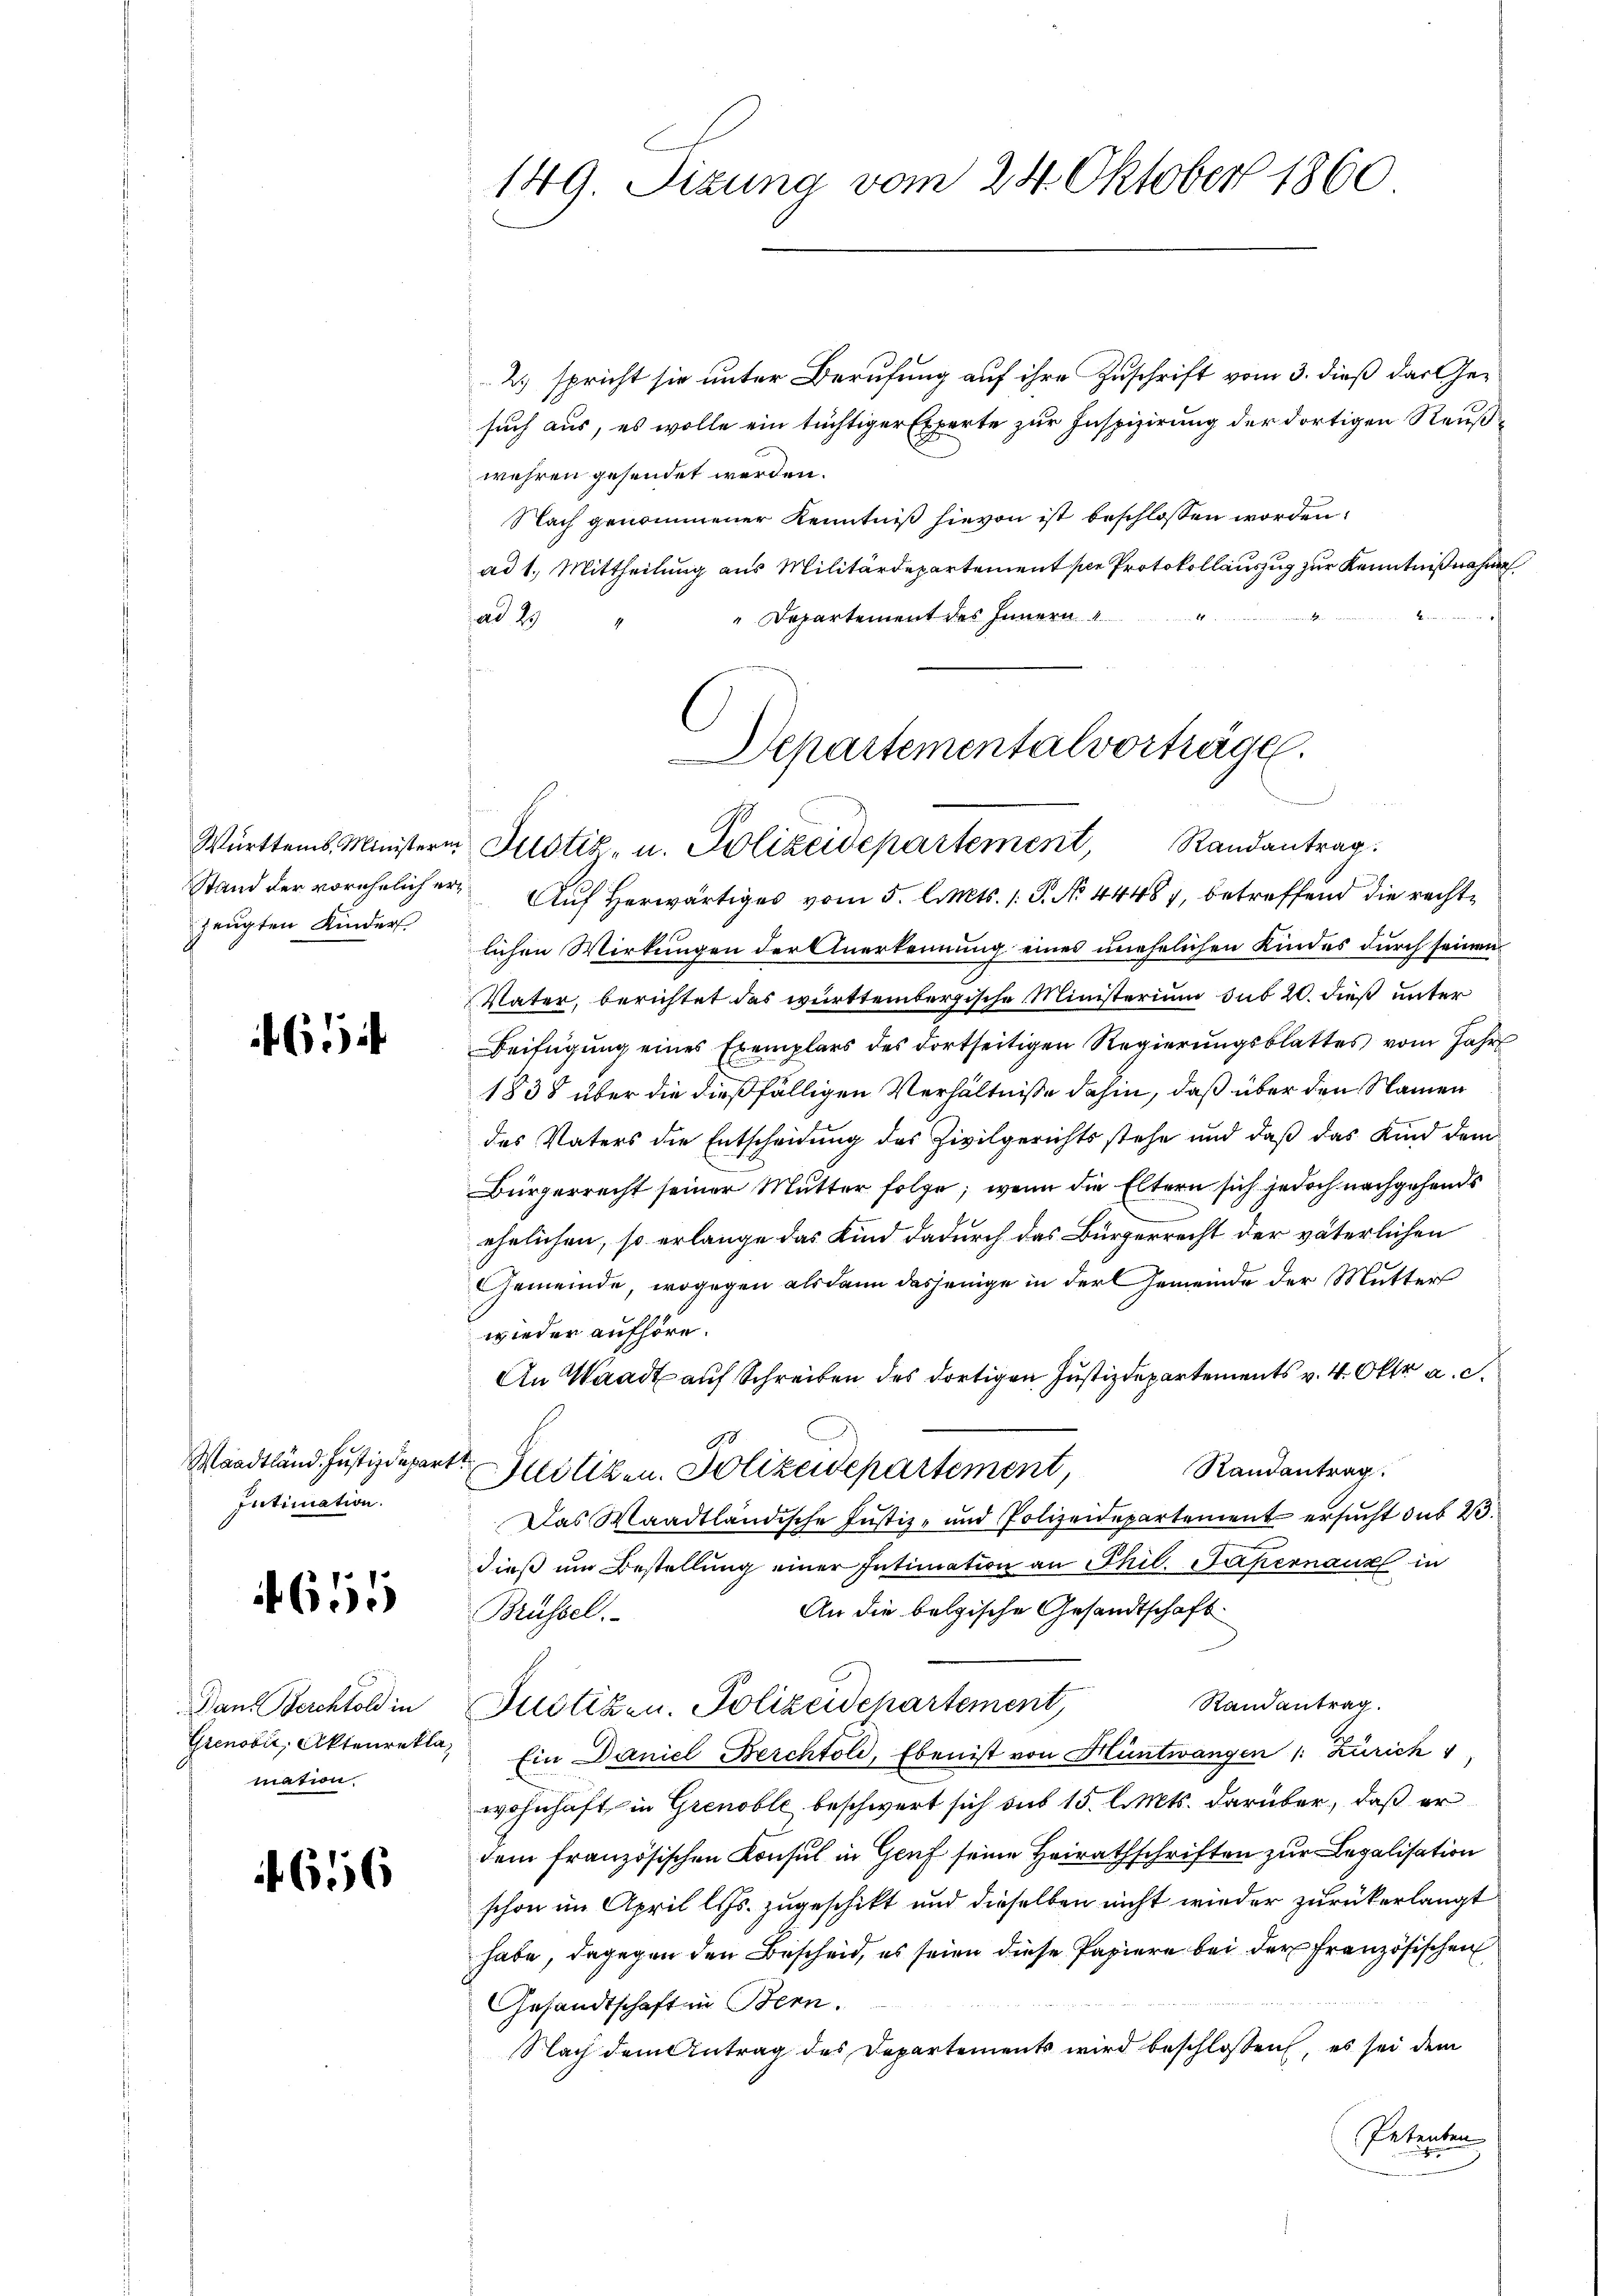
zeugten Kinder

654

Maadtländ. Justizdepart
Intimation.

655

Dans Berchtold in
Grenović, Aktenreklamation.

616

2.) spricht sie unter Berufung auf ihre Zuschrift vom 3. dieß das Gesuch aus, es wolle ein tüchtiger Experte zur Inspizierung der dortigen Reußwehren gesendet werden.
Nach genommener Kenntniß hievon ist beschlossen worden.
ad 1. Mittheilung aus Militärdepartement sie Protokollauszug zur Kenntnißnahme.
11
Departement des Innern
ad 29
Departementalvorträge.

149. Sizung vom 24. Oktober 1860

e
Württemb. Ministern Justiz- u. Polizeidepartement, Randantrag

Stand der vorehelicher Auf herwärtiges vom 5. l. Mts. 1. P. No. 44487, betreffend die rechtlichen Wirkungen der Anerkennung eines unehelichen Kindes durch seinen
Vater, berichtet das württembergische Ministerium sub 20. dieß unter
Beifügung eines Exemplars des dortseitigen Regierŭngsblattes vom Jahr
1838 über die dießfälligen Verhältnisse dahin, daß über den Namen
des Vaters die Entscheidung des Zivilgerichts stehe und daß das Kind dem
Bürgerrecht seiner Mutter folge, wenn die Eltern sich jedoch nachgehends
ehelichen, so erlange das Kind dadurch das Bürgerrecht der väterlichen
Gemeinde, wogegen als dann dasjenige in der Gemeinde der Mutter
wieder aufhöre.
An Waadt auf Schreiben des dortigen Justizdepartements v. 4. Okt. a. c.
88
Randantrag.
Mitiken. Solizeidepartement,
Das Waadtländische Justiz- und Polizeidepartement ersucht das 23.
dieß um Bestellung einer Intimation an Phil. Fakernaux in
An die belgische Gesandtschaft.
Brüssel.
Randantrag.
Justizen. Polizeidepartement,
Ein Daniel Berchtold, Eben ist von Hüntwangen 1: Zürich
wohnhaft in Grenoble beschwert sich sub 15. l. Mts. darüber, daß er
dem französischen Konsul in Genf seine Heirathschriften zur Legalisation
schon im April les zugeschikt und dieselben nicht wieder zurückerlangt
habe, dagegen den Bescheid, es seien diese Papiere bei der Französischen
Gesandtschaft in Bern.
Nach dem Antrag des Departements wird beschlossen, es sei dem
Petenten